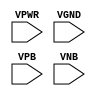
module sky130_fd_sc_hd__decap (
    VPWR,
    VGND,
    VPB ,
    VNB
);

    input VPWR;
    input VGND;
    input VPB ;
    input VNB ;
endmodule